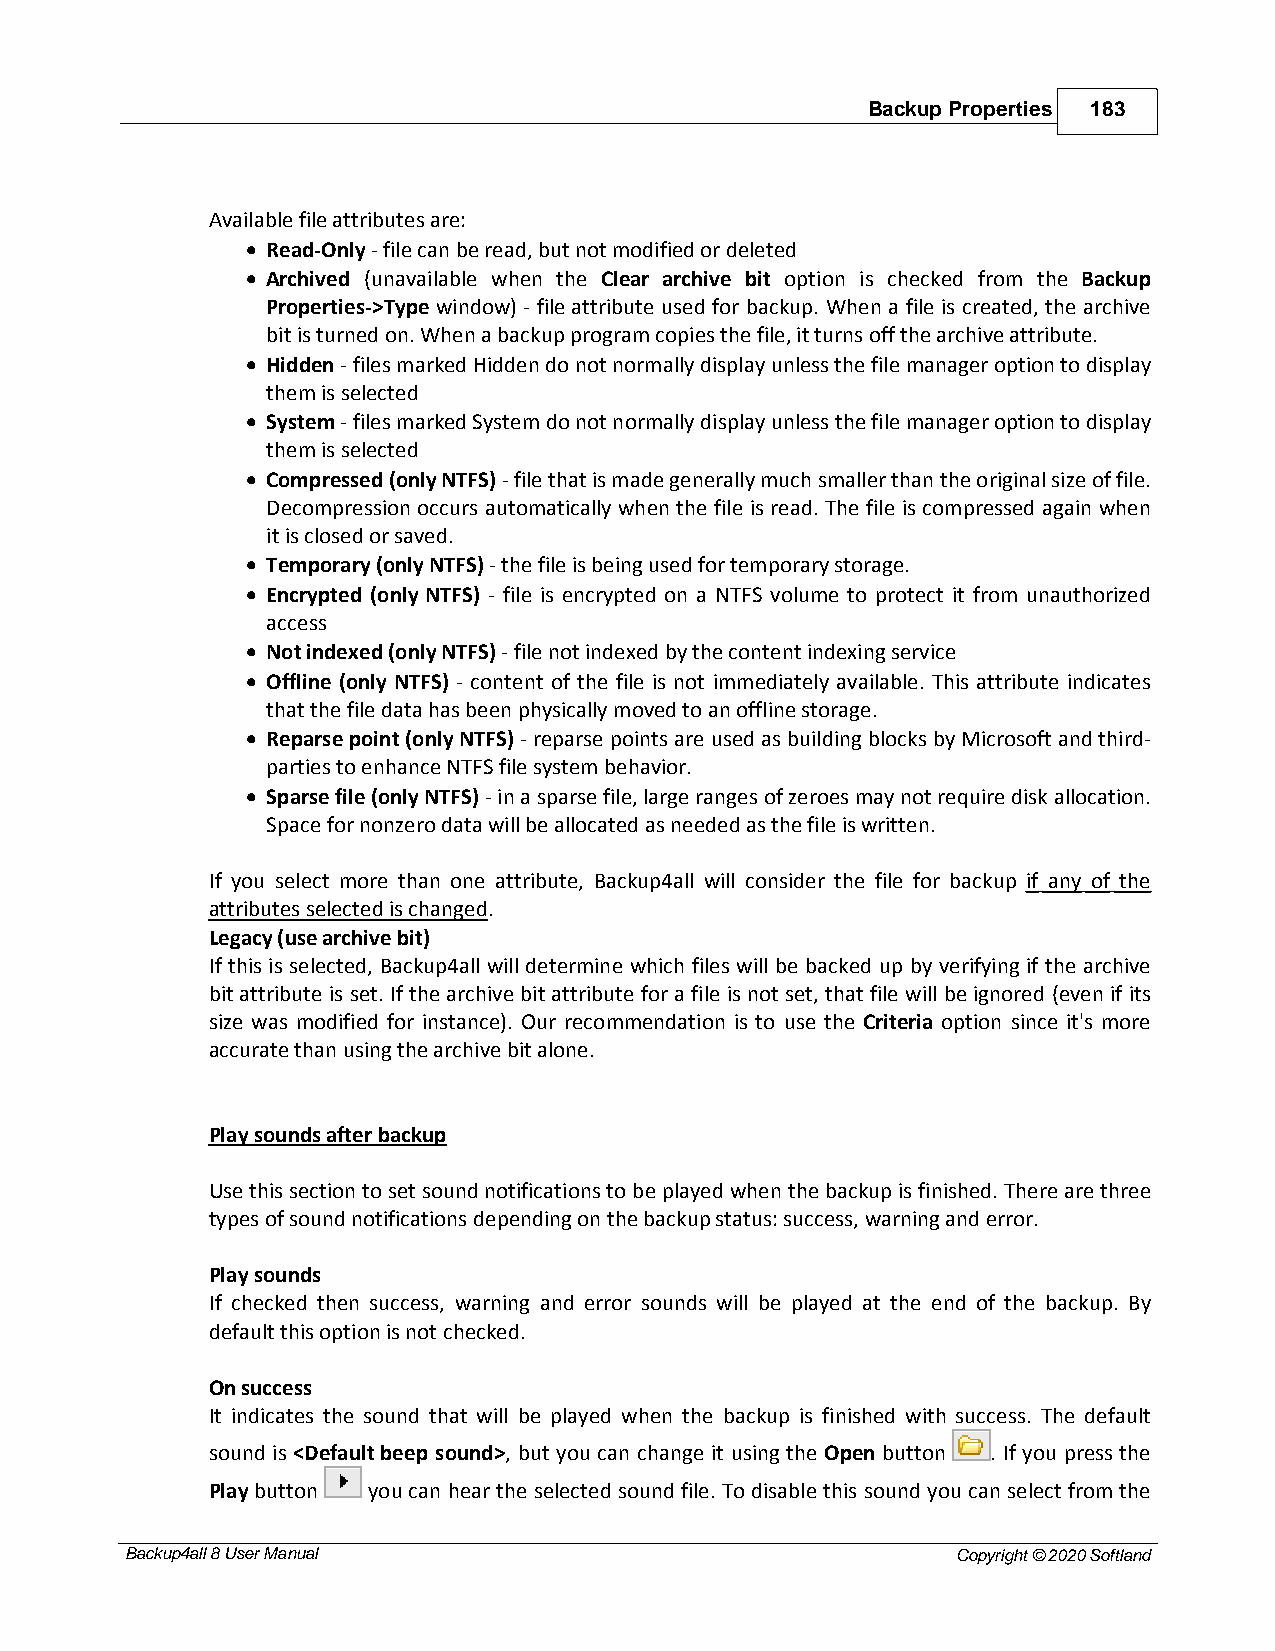
Backup Properties 183
 Available file attributes are:
 · Read-Only - file can be read, but not modified or deleted
 · Archived (unavailable when the Clear archive bit option is checked from the Backup
 Properties->Type window) - file attribute used for backup. When a file is created, the archive
 bit is turned on. When a backup program copies the file, it turns off the archive attribute.
 · Hidden - files marked Hidden do not normally display unless the file manager option to display
 them is selected
 · System - files marked System do not normally display unless the file manager option to display
 them is selected
 · Compressed (only NTFS) - file that is made generally much smaller than the original size of file.
 Decompression occurs automatically when the file is read. The file is compressed again when
 it is closed or saved.
 · Temporary (only NTFS) - the file is being used for temporary storage.
 · Encrypted (only NTFS) - file is encrypted on a NTFS volume to protect it from unauthorized
 access
 · Not indexed (only NTFS) - file not indexed by the content indexing service
 · Offline (only NTFS) - content of the file is not immediately available. This attribute indicates
 that the file data has been physically moved to an offline storage.
 · Reparse point (only NTFS) - reparse points are used as building blocks by Microsoft and third-
 parties to enhance NTFS file system behavior.
 · Sparse file (only NTFS) - in a sparse file, large ranges of zeroes may not require disk allocation.
 Space for nonzero data will be allocated as needed as the file is written.
 If you select more than one attribute, Backup4all will consider the file for backup if any of the
 attributes selected is changed.
 Legacy (use archive bit)
 If this is selected, Backup4all will determine which files will be backed up by verifying if the archive
 bit attribute is set. If the archive bit attribute for a file is not set, that file will be ignored (even if its
 size was modified for instance). Our recommendation is to use the Criteria option since it's more
 accurate than using the archive bit alone.
 Play sounds after backup
 Use this section to set sound notifications to be played when the backup is finished. There are three
 types of sound notifications depending on the backup status: success, warning and error.
 Play sounds
 If checked then success, warning and error sounds will be played at the end of the backup. By
 default this option is not checked.
 On success
 It indicates the sound that will be played when the backup is finished with success. The default
 sound is <Default beep sound>, but you can change it using the Open button . If you press the
 Play button you can hear the selected sound file. To disable this sound you can select from the
 Backup4all 8 User Manual                               Copyright © 2020 Softland